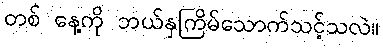
တစ် နေ့ကို ဘယ်နှကြိမ်သောက်သင့်သလဲ။